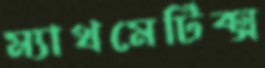
ম্যাথমেটিক্স